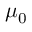
\mu _ { \mathrm { 0 } }